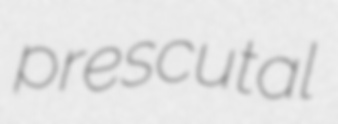
prescutal